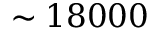
\sim 1 8 0 0 0